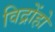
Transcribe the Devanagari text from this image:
विद्रोंहो